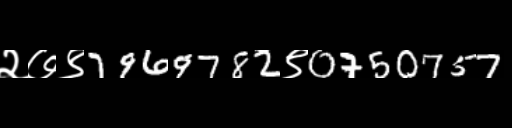
Text: २७९7969782९0750757